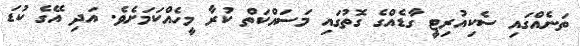
ތަނެއްގައި ސެކިއުރިޓީ ގާޑެއްގެ ގޮތުގައި މަސައްކަތް ކުރާ މީހެއްކަމަށެވެ. އަދި އޭގެ ކުޑަ